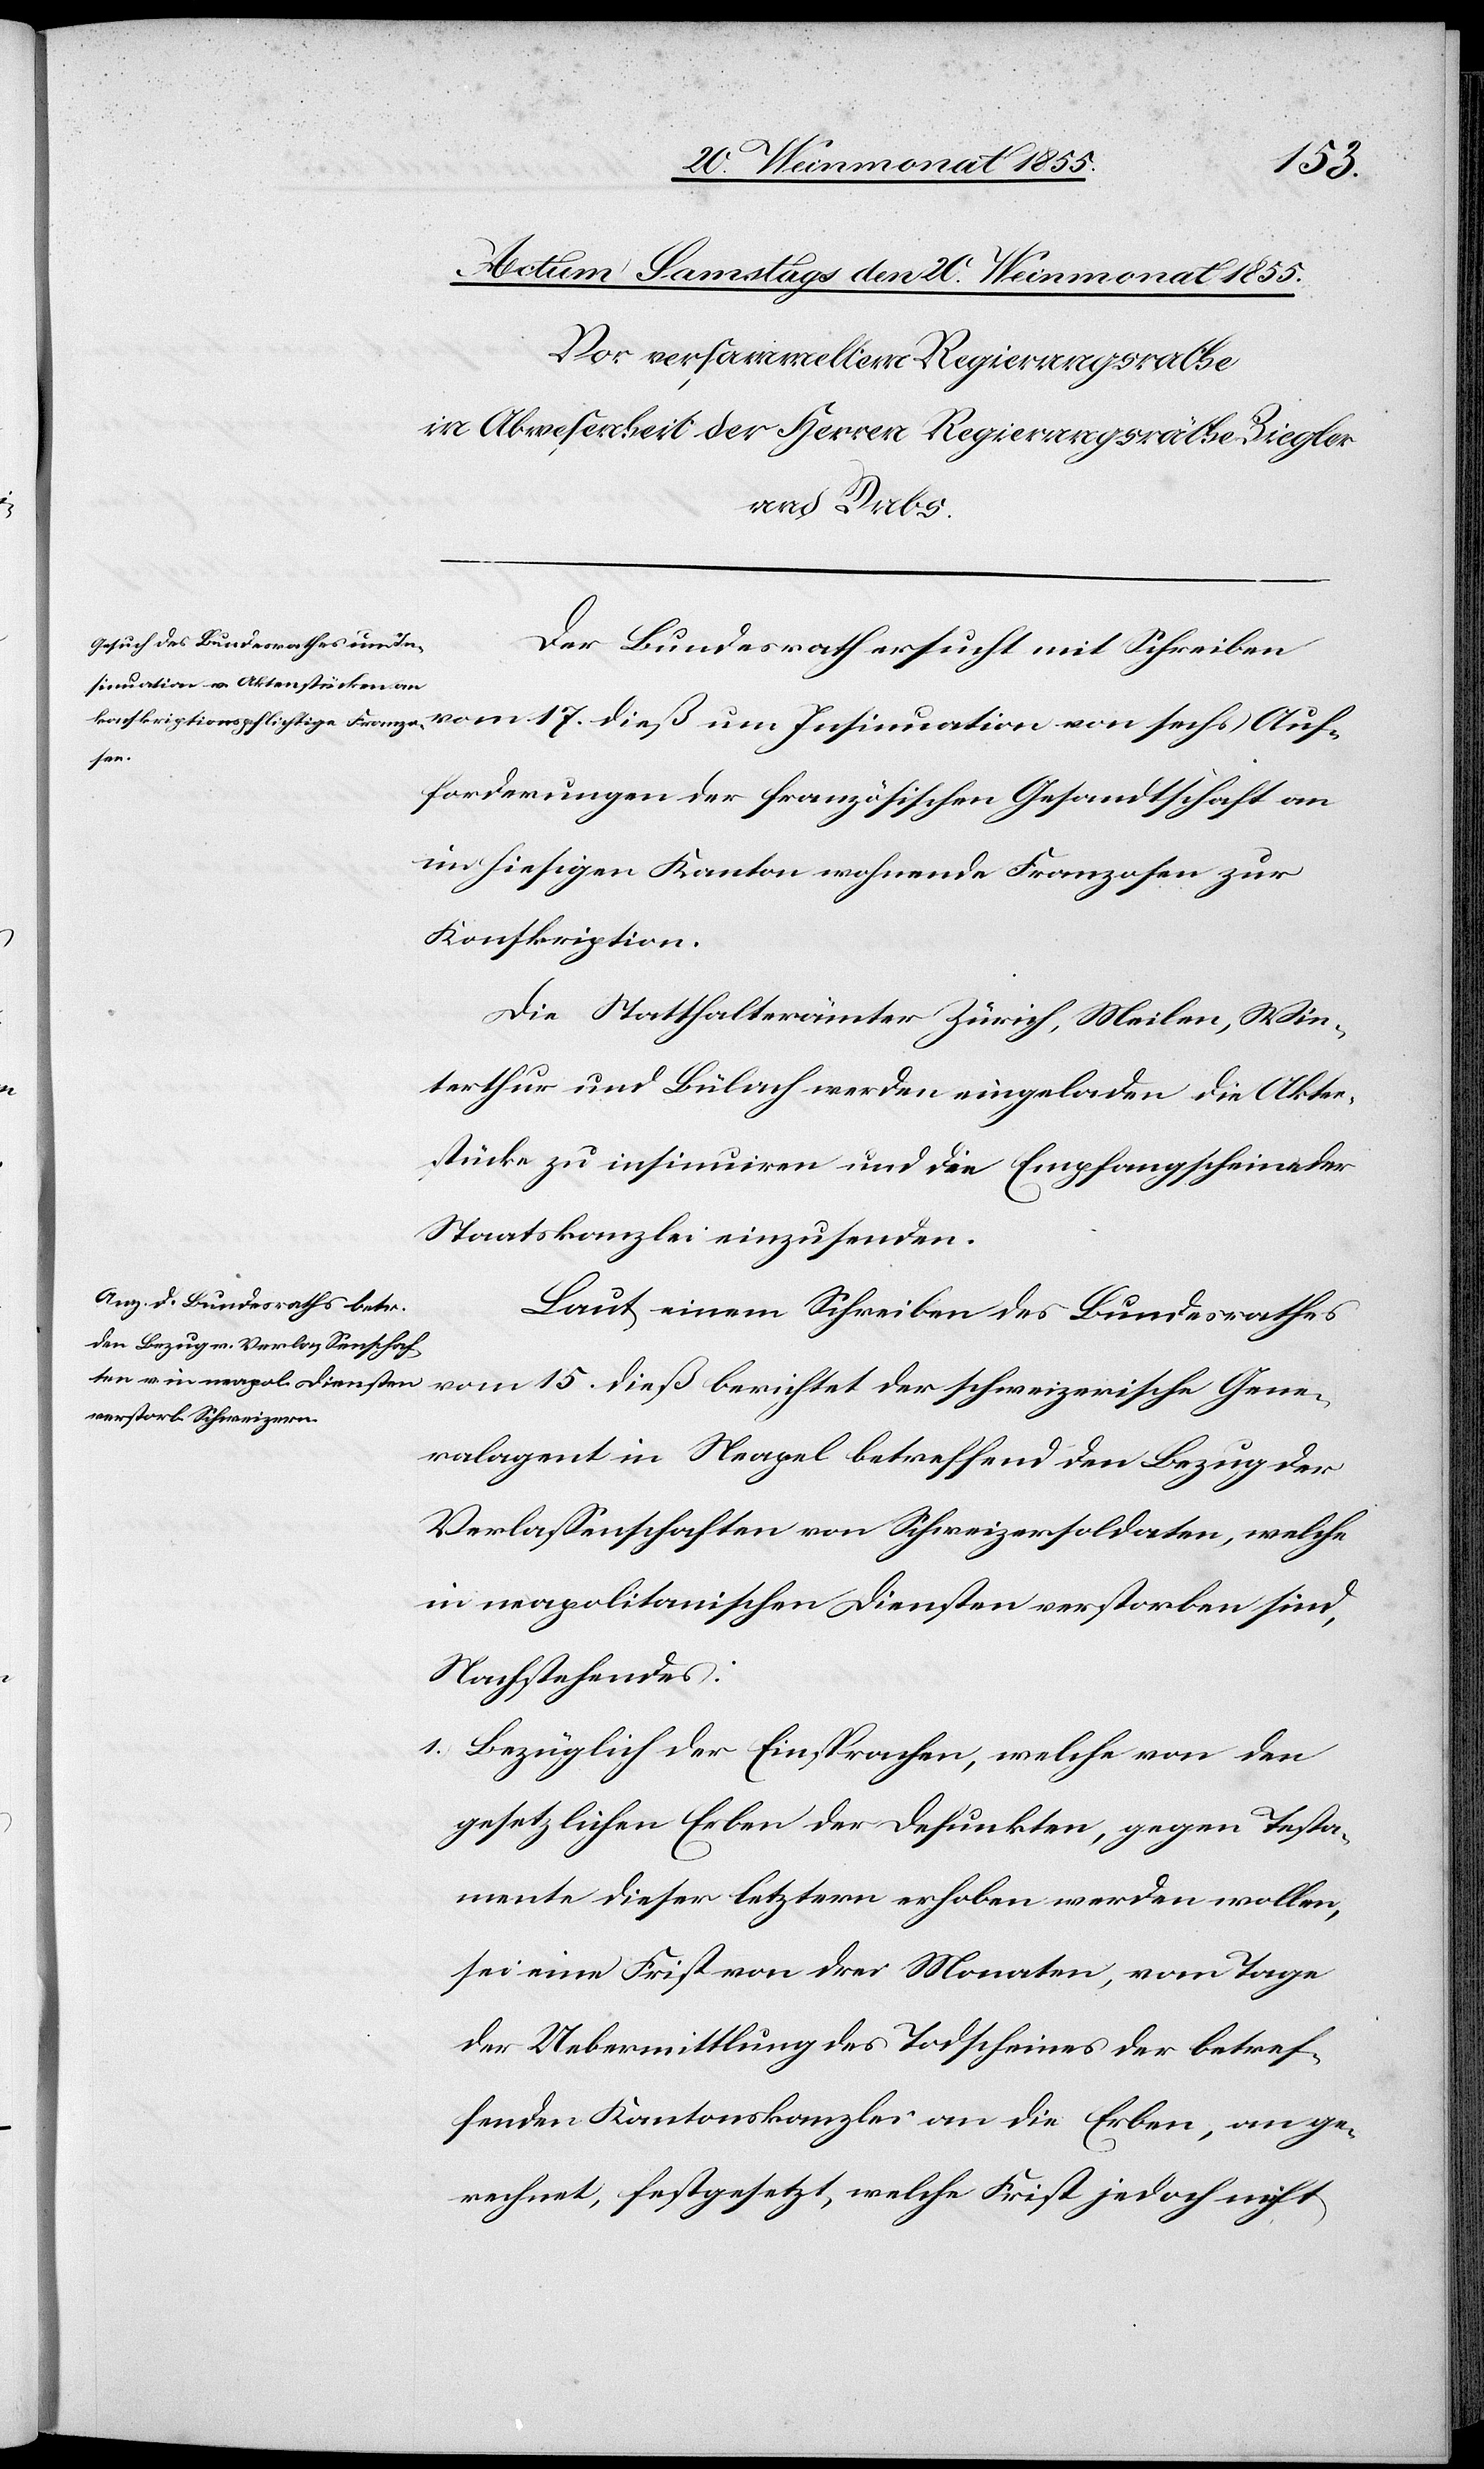
Auf¬
Der Bundesrath ersucht mit Schreiben
forderungen der französischen Gesandtschaft an
im hiesigen Kanton wohnende Franzosen zur
Konskription.
Die Statthalterämter Zürich, Meilen, Win¬
terthur und Bülach werden eingeladen die Akten¬
stücke zu insinuiren und die Empfangscheine der
Staatskanzlei einzusenden.
Laut einem Schreiben des Bundesrathes
vom 15. dieß berichtet der schweizerische Gene¬
ralagent in Neapel betreffend den Bezug der
Verlassenschaften von Schweizersoldaten, welche
in neapolitanischen Diensten verstorben sind,
Nachstehendes:
Bezüglich der Einsprachen, welche von den
gesetzlichen Erben der Defunkten, gegen Testa¬
mente dieser letztern erhoben werden wollen,
sei eine Frist von drei Monaten, vom Tage
der Uebermittlung des Todscheines der betref¬
fenden Kantonskanzlei an die Erben, an ge¬
rechnet, festgesetzt, welche Frist jedoch nicht